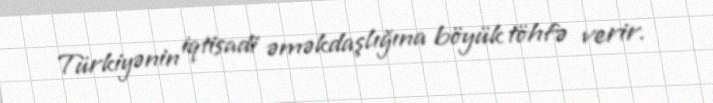
Türkiyənin iqtisadi əməkdaşlığına böyük töhfə verir.